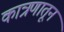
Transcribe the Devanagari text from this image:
कात्रणातून